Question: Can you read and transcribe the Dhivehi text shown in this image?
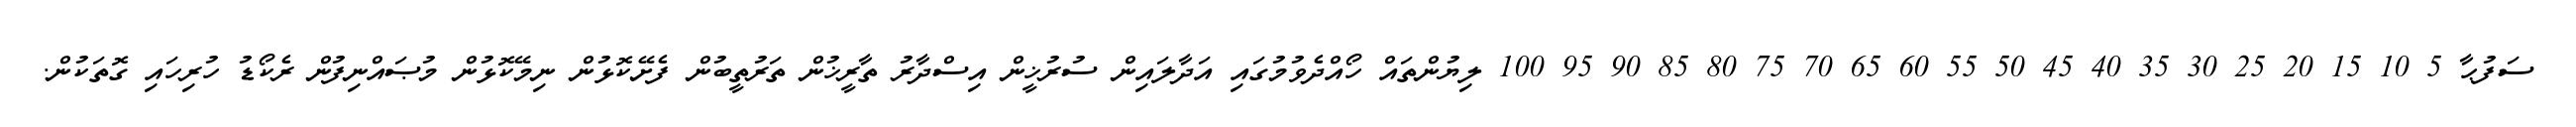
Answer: ސަފުޙާ 5 10 15 20 25 30 35 40 45 50 55 60 65 70 75 80 85 90 95 100 ލިޔުންތައް ހޯއްދެވުމުގައި އަދާލައިން ސުރުޚީން އިސްދާރު ތާރީޚުން ތަރުތީބުން ފެށޭކޮޅުން ނިމޭކޮޅުން މުޞައްނިފުން ރެކޯޑު ހުރިހައި ގޮތަކުން.